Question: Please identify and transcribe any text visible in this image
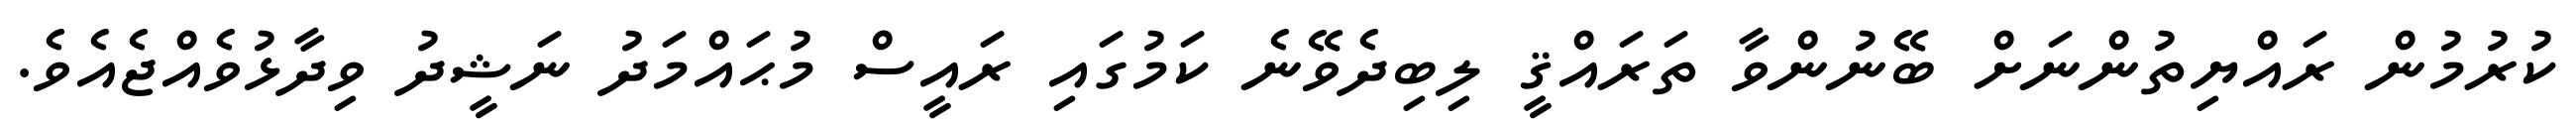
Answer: ކުރުމުން ރައްޔިތުންނަށް ބޭނުންވާ ތަރައްޤީ ލިބިދެވޭނެ ކަމުގައި ރައީސް މުޙައްމަދު ނަޝީދު ވިދާޅުވެއްޖެއެވެ.